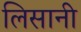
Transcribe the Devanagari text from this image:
लिसानी